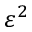
\varepsilon ^ { 2 }